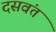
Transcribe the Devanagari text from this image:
दसवंत